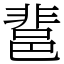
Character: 𨛬